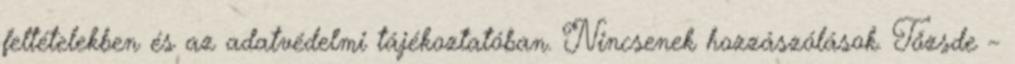
feltételekben és az adatvédelmi tájékoztatóban. Nincsenek hozzászólások. Tőzsde –